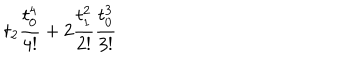
t _ { 2 } \frac { t _ { 0 } ^ { 4 } } { 4 ! } + 2 \frac { t _ { 1 } ^ { 2 } } { 2 ! } \frac { t _ { 0 } ^ { 3 } } { 3 ! }